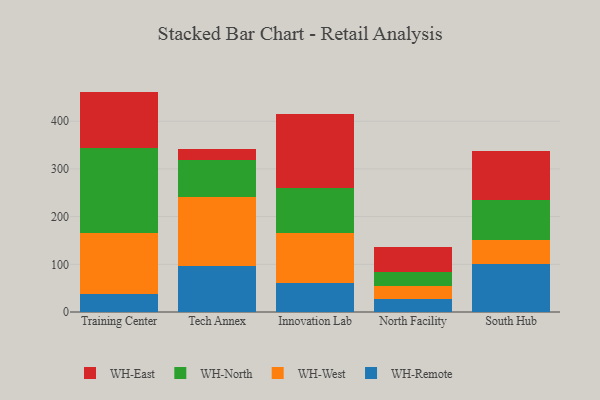
{"axis": {"x": "Campus", "y": "Inventory Turnover"}, "legend": ["WH-East", "WH-North", "WH-Remote", "WH-West"], "data": [{"x": "Training Center", "y": 38.6, "type": "WH-Remote"}, {"x": "Training Center", "y": 126.8, "type": "WH-West"}, {"x": "Training Center", "y": 179.5, "type": "WH-North"}, {"x": "Training Center", "y": 117.3, "type": "WH-East"}, {"x": "Tech Annex", "y": 96.0, "type": "WH-Remote"}, {"x": "Tech Annex", "y": 145.5, "type": "WH-West"}, {"x": "Tech Annex", "y": 76.8, "type": "WH-North"}, {"x": "Tech Annex", "y": 23.6, "type": "WH-East"}, {"x": "Innovation Lab", "y": 61.3, "type": "WH-Remote"}, {"x": "Innovation Lab", "y": 105.4, "type": "WH-West"}, {"x": "Innovation Lab", "y": 94.0, "type": "WH-North"}, {"x": "Innovation Lab", "y": 153.6, "type": "WH-East"}, {"x": "North Facility", "y": 26.9, "type": "WH-Remote"}, {"x": "North Facility", "y": 28.6, "type": "WH-West"}, {"x": "North Facility", "y": 28.0, "type": "WH-North"}, {"x": "North Facility", "y": 52.3, "type": "WH-East"}, {"x": "South Hub", "y": 100.6, "type": "WH-Remote"}, {"x": "South Hub", "y": 50.7, "type": "WH-West"}, {"x": "South Hub", "y": 83.9, "type": "WH-North"}, {"x": "South Hub", "y": 102.7, "type": "WH-East"}]}